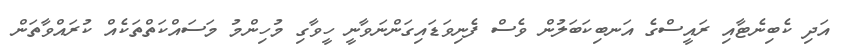
އަދި ކެބިނެޓާއި ރައީސްގެ އަނބިކަބަލުން ވެސް ފެނިވަޑައިގަންނަވާނީ ހީވާގި މުހިންމު މަސައްކަތްތަކެއް ކުރައްވާތަން